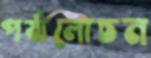
পর্যালোচন